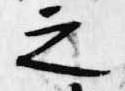
之